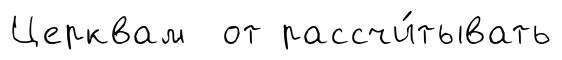
Церквам от рассчи́тывать